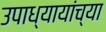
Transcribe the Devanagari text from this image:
उपाध्यायांच्या